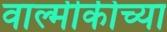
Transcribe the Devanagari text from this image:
वाल्मीकीच्या